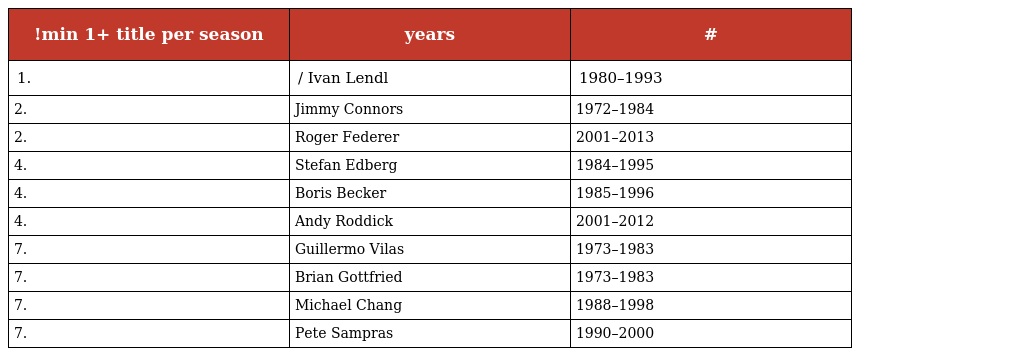
| !min 1+ title per season | years | # |
 | --- | --- | --- |
 | 1. | / Ivan Lendl | 1980–1993 |
 | 2. | Jimmy Connors | 1972–1984 |
 | 2. | Roger Federer | 2001–2013 |
 | 4. | Stefan Edberg | 1984–1995 |
 | 4. | Boris Becker | 1985–1996 |
 | 4. | Andy Roddick | 2001–2012 |
 | 7. | Guillermo Vilas | 1973–1983 |
 | 7. | Brian Gottfried | 1973–1983 |
 | 7. | Michael Chang | 1988–1998 |
 | 7. | Pete Sampras | 1990–2000 |